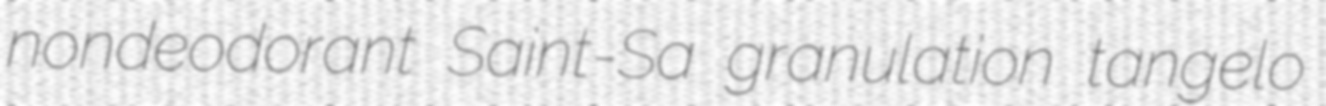
nondeodorant Saint-Sa granulation tangelo